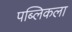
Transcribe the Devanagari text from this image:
पब्लिकला